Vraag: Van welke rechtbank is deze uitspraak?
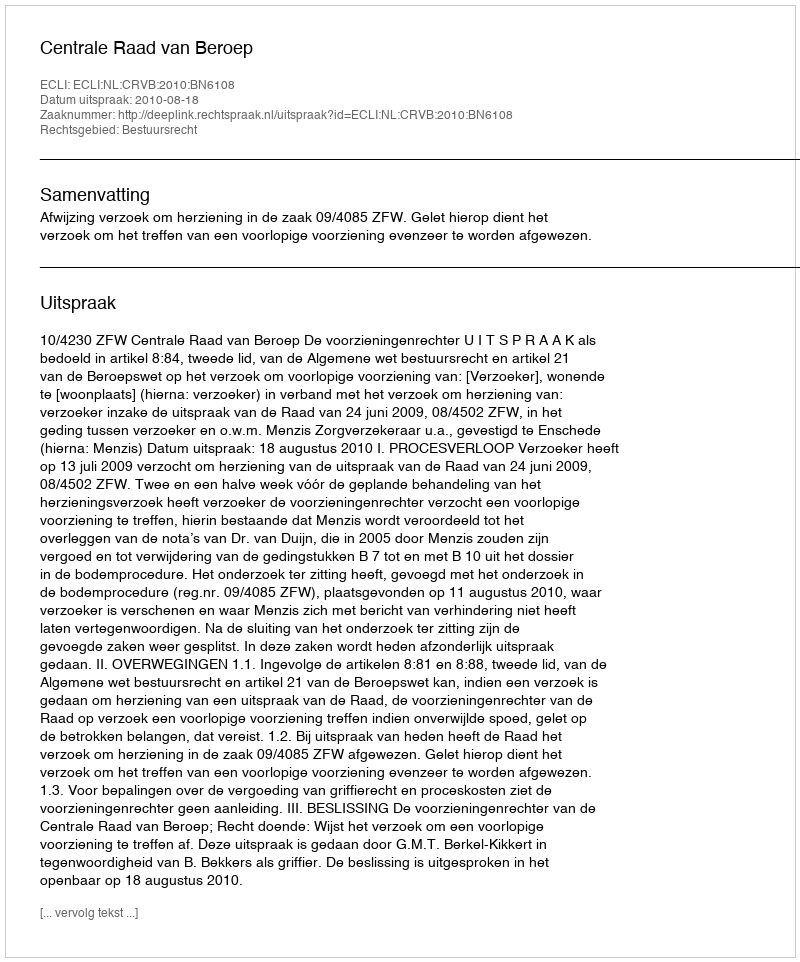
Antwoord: Centrale Raad van Beroep